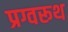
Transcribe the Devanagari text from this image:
प्रग्वरूथ